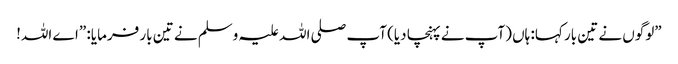
”لوگوں نے تین بار کہا: ہاں (آپ نے پہنچا دیا) آپ صلی اللہ علیہ وسلم نے تین بار فرمایا: ”اے اللہ!